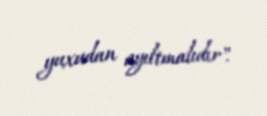
yuxudan ayıltmalıdır".